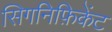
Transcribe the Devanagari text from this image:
सिगनिफ़िकेंट